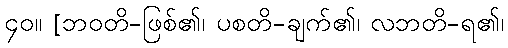
၄၀။ [ဘဝတိ-ဖြစ်၏၊ ပစတိ-ချက်၏၊ လဘတိ-ရ၏၊